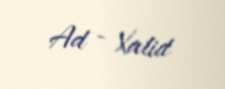
Ad - Xalid